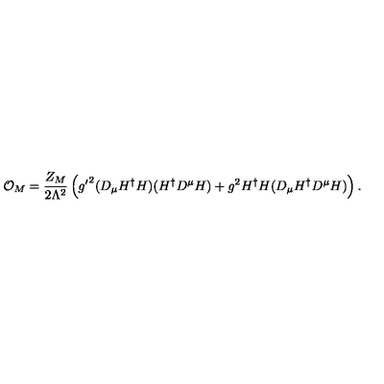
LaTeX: { \cal O } _ { M } = \frac { Z _ { M } } { 2 \Lambda ^ { 2 } } \left( { g ^ { \prime } } ^ { 2 } ( D _ { \mu } H ^ { \dagger } H ) ( H ^ { \dagger } D ^ { \mu } H ) + g ^ { 2 } H ^ { \dagger } H ( D _ { \mu } H ^ { \dagger } D ^ { \mu } H ) \right) .